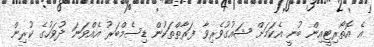
އެ އޮތޯރިޓީއިން ބުނީ އެކަމަށް ޝައުގުވެރިވާ ފަރާތްތަކުން ޑިސެމްބަރު އެއްވަނަ ދުވަހުގެ ކުރިން